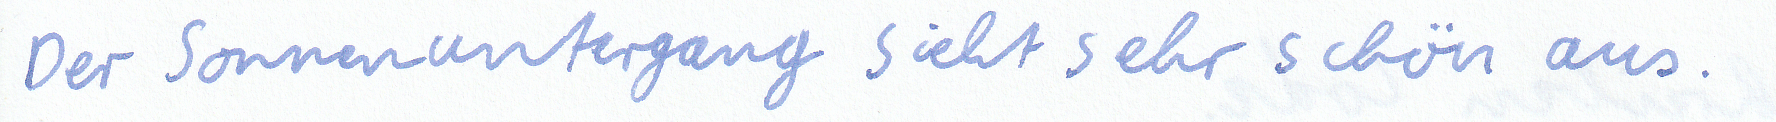
Der Sonnenuntergang sieht sehr schön aus.